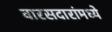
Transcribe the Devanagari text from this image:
वारसदारांमध्ये